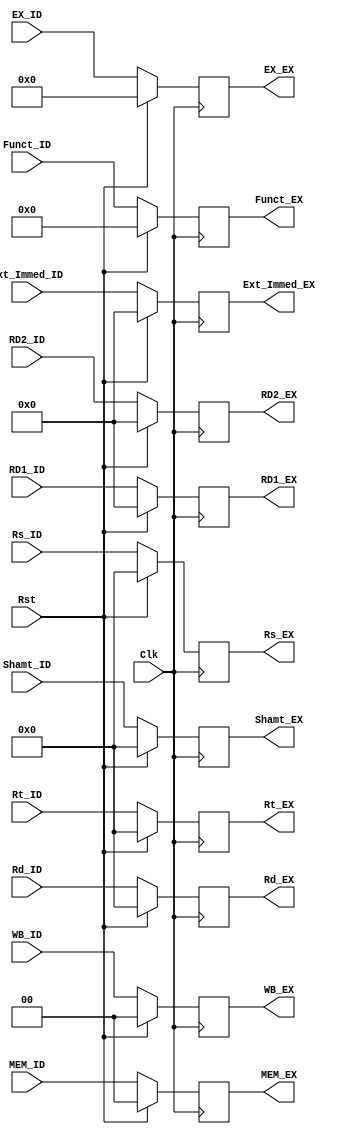
`timescale 1ns/1ns

module ID_EX( Clk, Rst, WB_ID, MEM_ID, EX_ID, Rs_ID, Rt_ID, Rd_ID, Shamt_ID, Funct_ID, RD1_ID, RD2_ID, Ext_Immed_ID,
              WB_EX, MEM_EX, EX_EX,Rs_EX, Rt_EX, Rd_EX, Shamt_EX, Funct_EX, RD1_EX, RD2_EX, Ext_Immed_EX );

  input             Clk, Rst;
  input      [1:0]  WB_ID,  MEM_ID;
  input      [3:0]  EX_ID;
  input      [4:0]  Rs_ID, Rt_ID, Rd_ID;
  input      [4:0]  Shamt_ID;
  input      [5:0]  Funct_ID;
  // ControlUnitOut = {RegDst, ALUOp, ALUSrc, MemRead, MemWrite, RegWrite, MemtoReg}
  input      [31:0] RD1_ID, RD2_ID, Ext_Immed_ID;


  output reg [1:0]  WB_EX; // RegWrite_EX, MemtoReg_EX
  output reg [1:0]  MEM_EX; // MemRead_EX, MemWrite_EX
  output reg [3:0]  EX_EX; // RegDst_EX, ALUSrc_EX
  output reg [4:0]  Rs_EX, Rt_EX, Rd_EX;
  output reg [4:0]  Shamt_EX;
  output reg [5:0]  Funct_EX;
  output reg [31:0] RD1_EX, RD2_EX, Ext_Immed_EX;
  
  always@( posedge Clk )
  begin

    if( Rst )
    begin

      Rs_EX <= 0;
      Rt_EX <= 0;
      Rd_EX <= 0;
      Shamt_EX <= 0;
      Funct_EX <= 0;
      RD1_EX <= 0;
      RD2_EX <= 0;
      Ext_Immed_EX <= 0;

      WB_EX <= 0;
      MEM_EX <= 0;
      EX_EX <= 0;

		 
    end

    else  
    begin

      Rs_EX <= Rs_ID;
      Rt_EX <= Rt_ID;
      Rd_EX <= Rd_ID;
      Shamt_EX <= Shamt_ID;
      Funct_EX <= Funct_ID;
      RD1_EX <= RD1_ID;
      RD2_EX <= RD2_ID;
      Ext_Immed_EX <= Ext_Immed_ID;

      WB_EX <= WB_ID;
      MEM_EX <= MEM_ID;
      EX_EX <= EX_ID;

    end

  end
  
endmodule